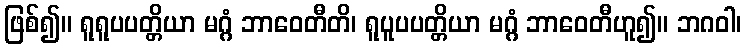
ဖြစ်၍။ ရူရူပပတ္တိယာ မဂ္ဂံ ဘာဝေတီတိ၊ ရူပူပပတ္တိယာ မဂ္ဂံ ဘာဝေတီဟူ၍။ ဘဂဝါ၊